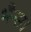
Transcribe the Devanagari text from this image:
भैन्स।